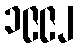
၁၉၉၂